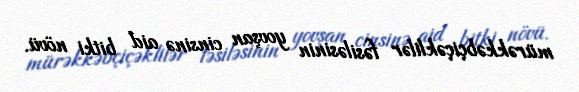
mürəkkəbçiçəklilər fəsiləsinin yovşan cinsinə aid bitki növü.